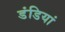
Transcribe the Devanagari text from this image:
डंडियां